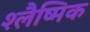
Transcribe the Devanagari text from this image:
श्‍लैष्‍मिक